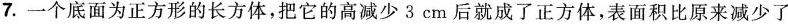
7.一个底面为正方形的长方体，把它的高减少3cm后就成了正方体，表面积比原来减少了